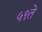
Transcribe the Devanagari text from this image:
५९ते